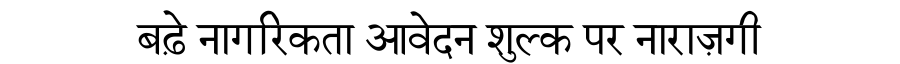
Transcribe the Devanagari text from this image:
बढ़े नागरिकता आवेदन शुल्क पर नाराज़गी